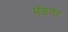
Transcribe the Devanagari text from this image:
मॅकगैर